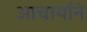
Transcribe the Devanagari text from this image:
आचार्याने